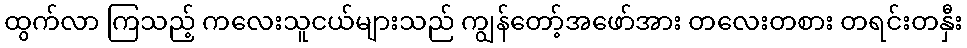
ထွက်လာ ကြသည့် ကလေးသူငယ်များသည် ကျွန်တော့်အဖော်အား တလေးတစား တရင်းတနှီး